65_HS1-834228961_62-HQ-83894_Section_9
Agency: FBI
Page 69
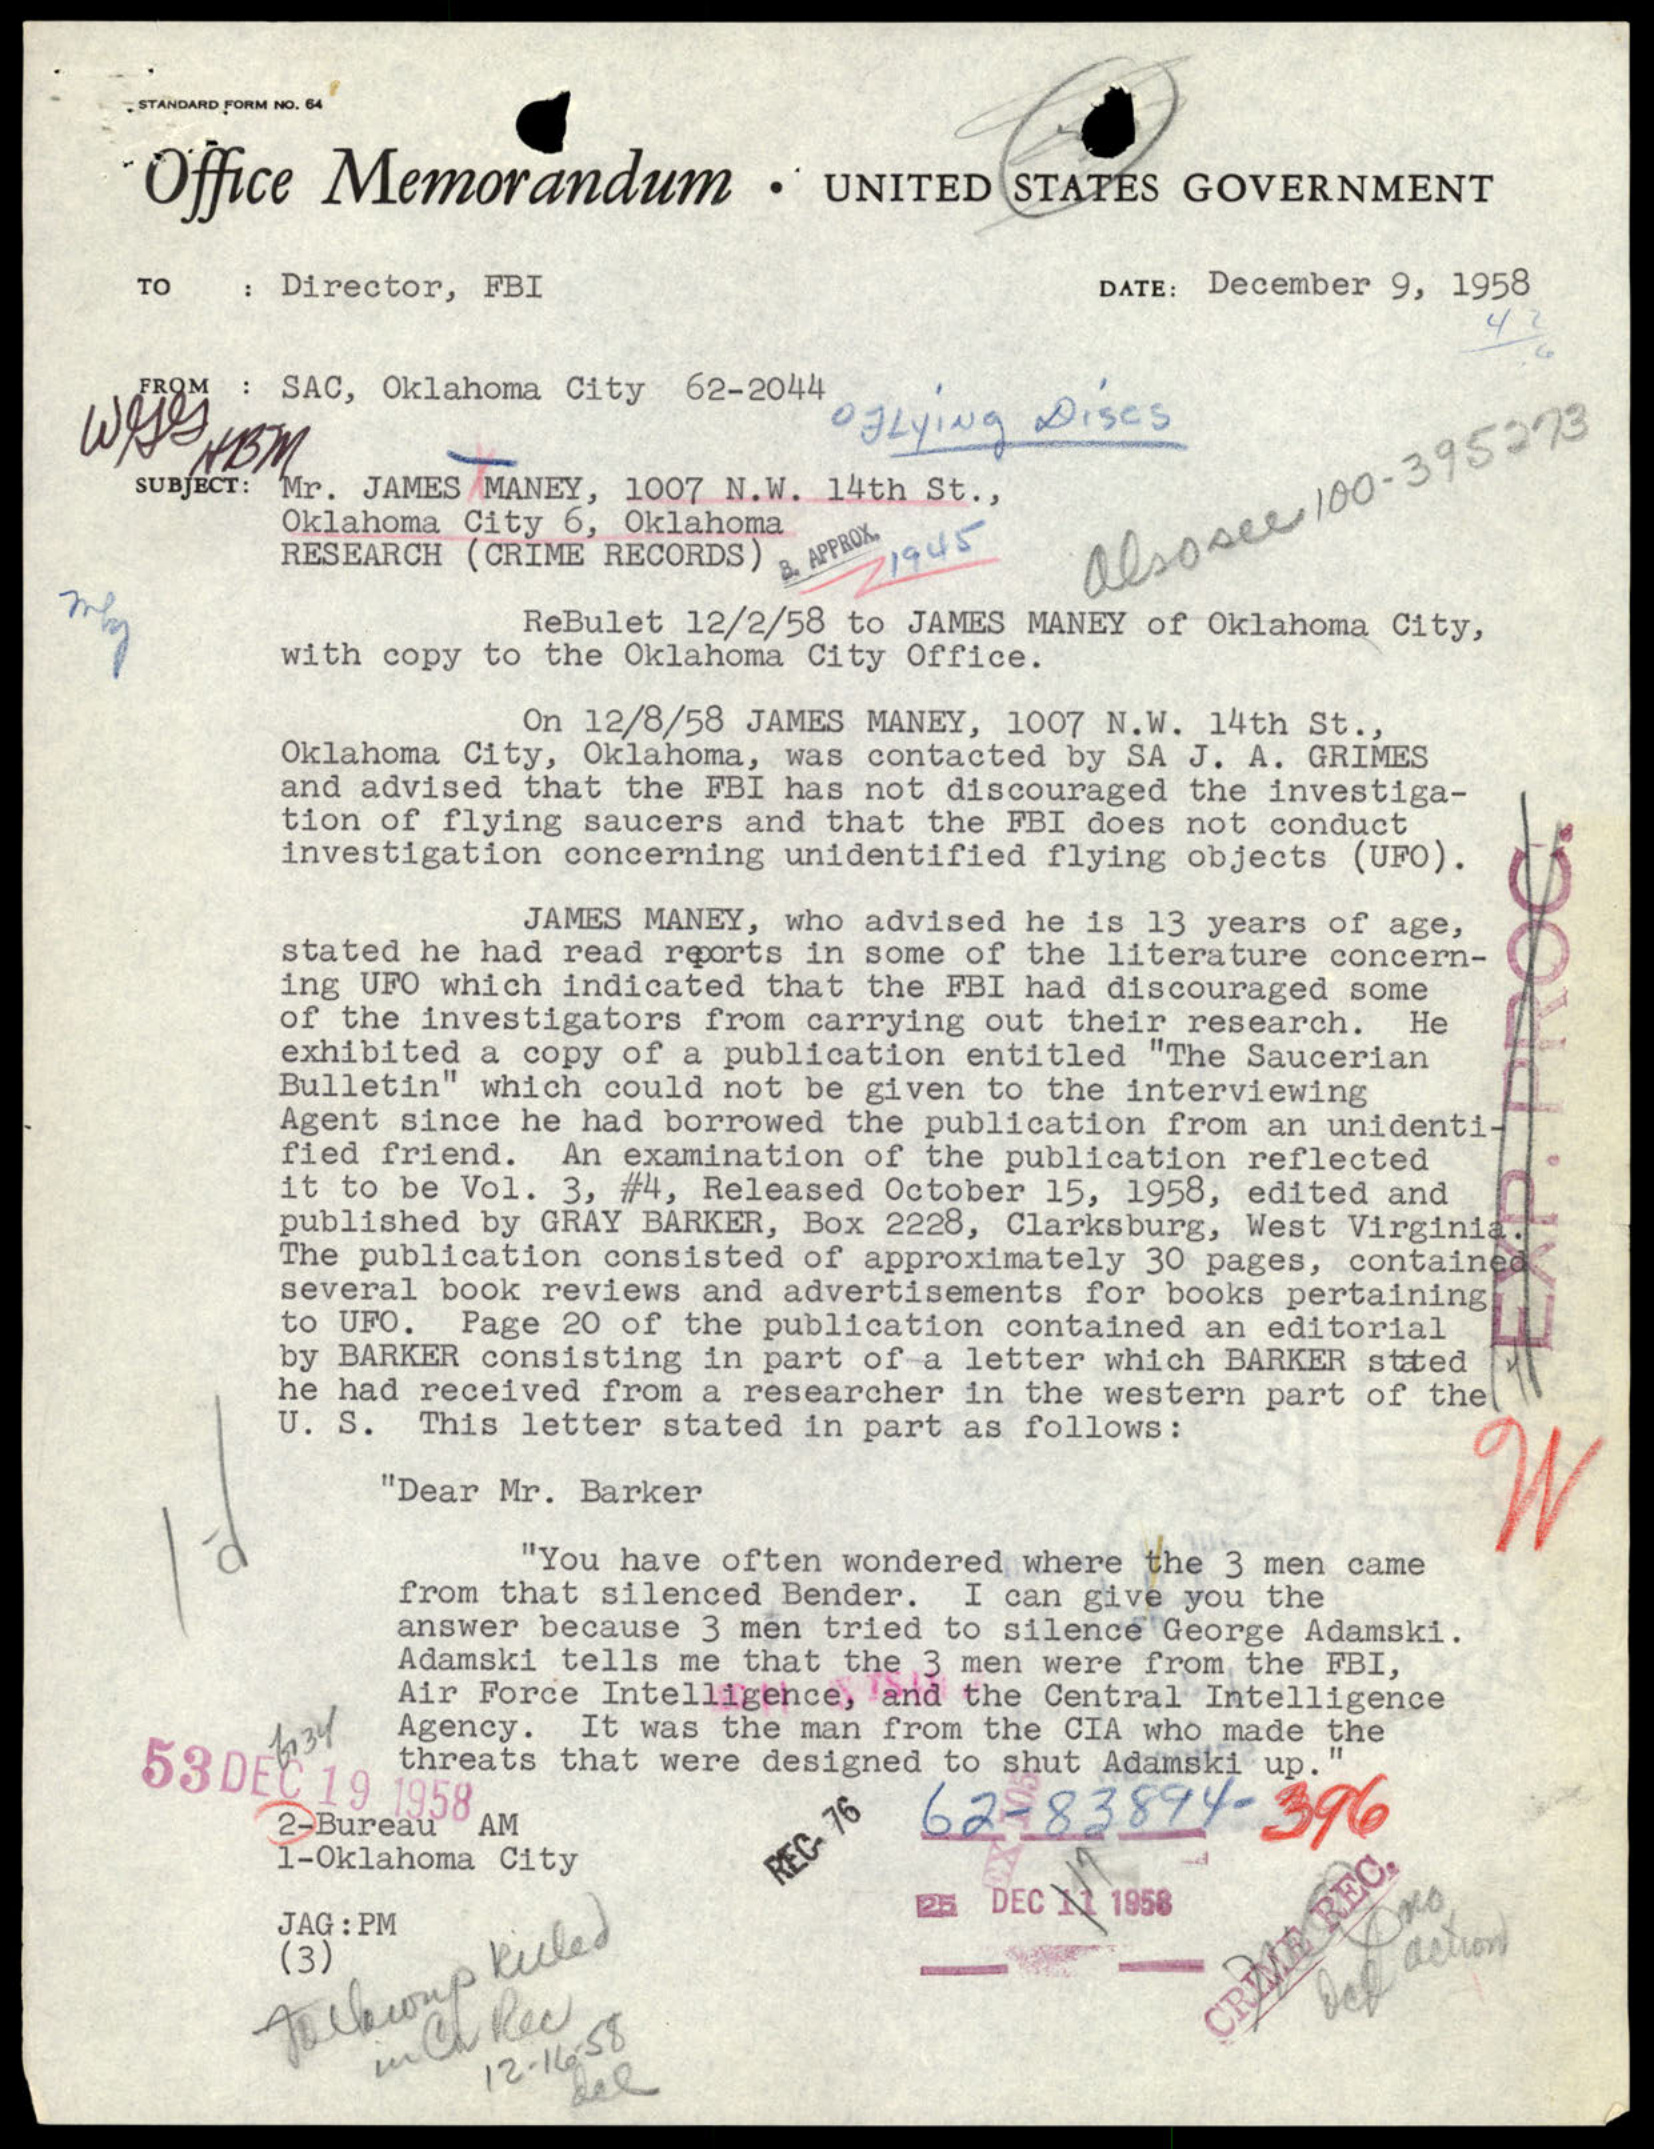